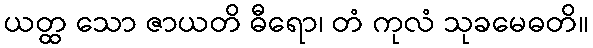
ယတ္ထ သော ဇာယတိ ဓီရော၊ တံ ကုလံ သုခမေဓတိ။